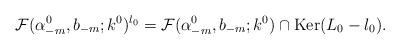
LaTeX: \begin{align*}{\cal F}(\alpha^{0}_{-m}, b_{-m};k^0)^{l_0} = {\cal F}(\alpha^{0}_{-m}, b_{-m};k^0) \cap\mbox{Ker}(L_0-l_0).\end{align*}